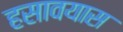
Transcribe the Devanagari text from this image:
हसावयास